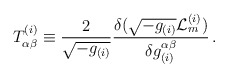
\begin{align*}T_{\alpha\beta}^{(i)} \equiv \frac{2}{\sqrt{-g_{(i)}}}\frac{\delta(\sqrt{-g_{(i)}}{\cal L}_m^{(i)})}{\delta g_{(i)}^{\alpha\beta}}\,.\end{align*}